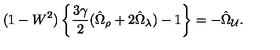
( 1 - W ^ { 2 } ) \left\{ \frac { 3 \gamma } { 2 } ( \hat { \Omega } _ { \rho } + 2 \hat { \Omega } _ { \lambda } ) - 1 \right\} = - \hat { \Omega } _ { \cal U } .